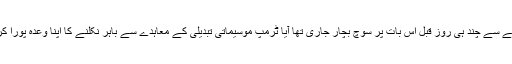
اس فیصلے سے چند ہی روز قبل اس بات پر سوچ بچار جاری تھا آیا ٹرمپ موسیماتی تبدیلی کے معاہدے سے باہر نکلنے کا اپنا وعدہ پورا کریں گے۔